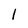
Character: 1